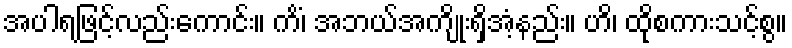
အပါရဖြင့်လည်းကောင်း။ ကိံ၊ အဘယ်အကျိုးရှိအံ့နည်း။ ဟိ၊ ထိုစကားသင့်စွ။